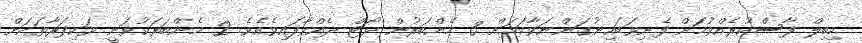
މިބިލް ފާސްކުރެއްވުމަށް ފެނިވަޑައިނުގަންނަވާކަމަށް 3 މެންބަރުން ވޯޓް ދެއްވާފައިވެއެވެ. 2 މެންބަރަކުވަނީ ވަކިފަރާތަކަށް